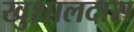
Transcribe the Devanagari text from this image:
खुशालदास